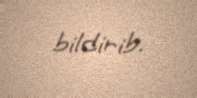
bildirib.